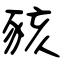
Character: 豥